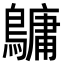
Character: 𪅟